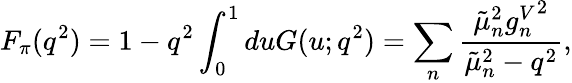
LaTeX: F_{\pi}(q^{2})=1-q^{2}\int_{0}^{1}duG(u;q^{2})=\sum_{n}\frac{\tilde{\mu}_{n}^{2}{g_{n}^{V}}^{2}}{\tilde{\mu}_{n}^{2}-q^{2}},